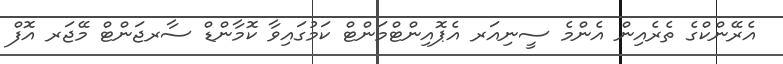
އެރޭންކްގެ ތެރެއިން އެންމެ ސީނިއަރ އެޕޮއިންޓްމަންޓް ކަމުގައިވާ ކޮމާންޑް ސާރޖަންޓް މޭޖަރ އޮފް